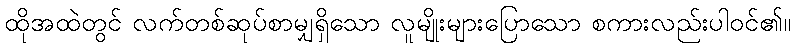
ထိုအထဲတွင် လက်တစ်ဆုပ်စာမျှရှိသော လူမျိုးများပြောသော စကားလည်းပါဝင်၏။